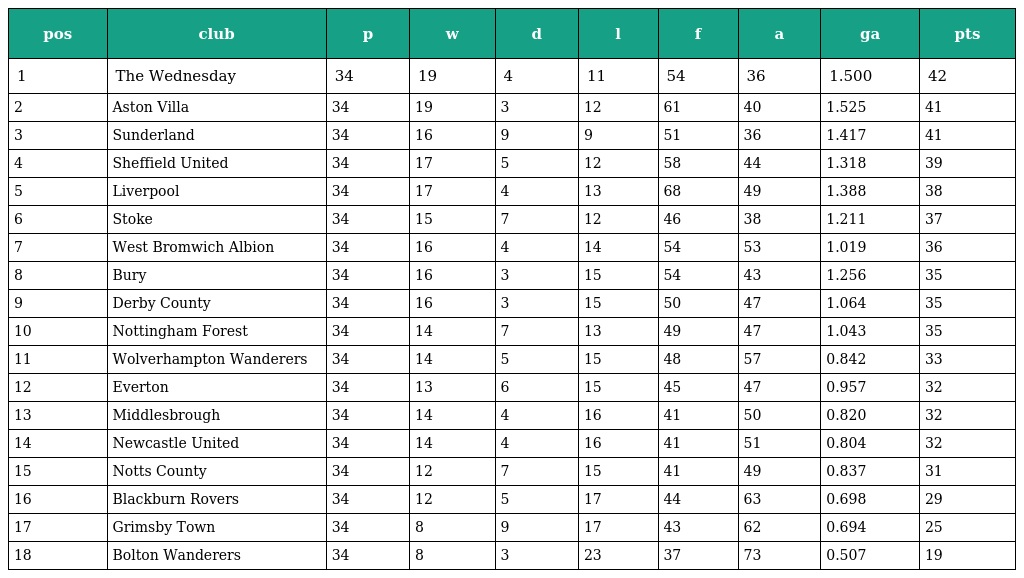
| pos | club | p | w | d | l | f | a | ga | pts |
 | --- | --- | --- | --- | --- | --- | --- | --- | --- | --- |
 | 1 | The Wednesday | 34 | 19 | 4 | 11 | 54 | 36 | 1.500 | 42 |
 | 2 | Aston Villa | 34 | 19 | 3 | 12 | 61 | 40 | 1.525 | 41 |
 | 3 | Sunderland | 34 | 16 | 9 | 9 | 51 | 36 | 1.417 | 41 |
 | 4 | Sheffield United | 34 | 17 | 5 | 12 | 58 | 44 | 1.318 | 39 |
 | 5 | Liverpool | 34 | 17 | 4 | 13 | 68 | 49 | 1.388 | 38 |
 | 6 | Stoke | 34 | 15 | 7 | 12 | 46 | 38 | 1.211 | 37 |
 | 7 | West Bromwich Albion | 34 | 16 | 4 | 14 | 54 | 53 | 1.019 | 36 |
 | 8 | Bury | 34 | 16 | 3 | 15 | 54 | 43 | 1.256 | 35 |
 | 9 | Derby County | 34 | 16 | 3 | 15 | 50 | 47 | 1.064 | 35 |
 | 10 | Nottingham Forest | 34 | 14 | 7 | 13 | 49 | 47 | 1.043 | 35 |
 | 11 | Wolverhampton Wanderers | 34 | 14 | 5 | 15 | 48 | 57 | 0.842 | 33 |
 | 12 | Everton | 34 | 13 | 6 | 15 | 45 | 47 | 0.957 | 32 |
 | 13 | Middlesbrough | 34 | 14 | 4 | 16 | 41 | 50 | 0.820 | 32 |
 | 14 | Newcastle United | 34 | 14 | 4 | 16 | 41 | 51 | 0.804 | 32 |
 | 15 | Notts County | 34 | 12 | 7 | 15 | 41 | 49 | 0.837 | 31 |
 | 16 | Blackburn Rovers | 34 | 12 | 5 | 17 | 44 | 63 | 0.698 | 29 |
 | 17 | Grimsby Town | 34 | 8 | 9 | 17 | 43 | 62 | 0.694 | 25 |
 | 18 | Bolton Wanderers | 34 | 8 | 3 | 23 | 37 | 73 | 0.507 | 19 |